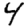
Digit: 4